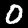
Digit: 0